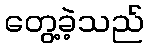
တွေ့ခဲ့သည်